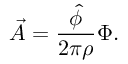
\vec { A } = \frac { \hat { \phi } } { 2 \pi \rho } \Phi .